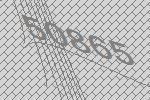
50865